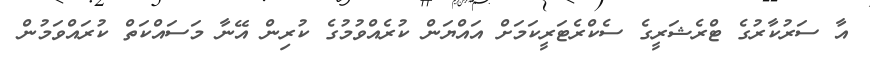
އާ ސަރުކާރުގެ ޓްރެޝަރީގެ ސެކްރެޓަރީކަމަށް އައްޔަން ކުރެއްވުމުގެ ކުރިން އޭނާ މަސައްކަތް ކުރައްވަމުން